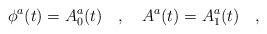
LaTeX: \begin{align*}\phi^a(t)=A^a_0(t)\ \ \ ,\ \ \ A^a(t)=A^a_1(t)\ \ \ ,\end{align*}